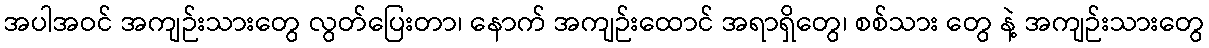
အပါအဝင် အကျဉ်းသားတွေ လွတ်ပြေးတာ၊ နောက် အကျဉ်းထောင် အရာရှိတွေ၊ စစ်သား တွေ နဲ့ အကျဉ်းသားတွေ